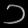
Digit: ၁